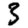
Digit: 3